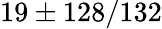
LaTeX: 19\pm 128/132